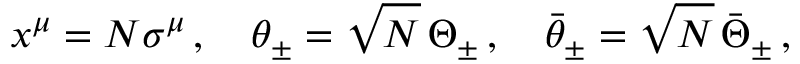
x ^ { \mu } = N \sigma ^ { \mu } \, , \quad \theta _ { \pm } = \sqrt { N } \, \Theta _ { \pm } \, , \quad \bar { \theta } _ { \pm } = \sqrt { N } \, \bar { \Theta } _ { \pm } \, ,